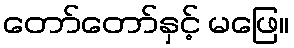
တော်တော်နှင့် မဖြေ။